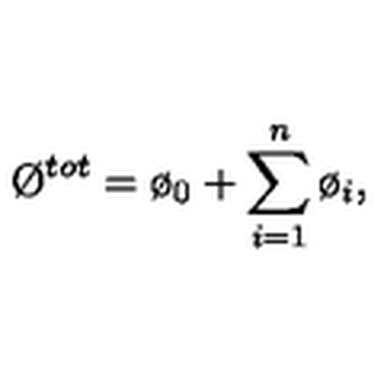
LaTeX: \O ^ { t o t } = \o _ { 0 } + \sum _ { i = 1 } ^ { n } { \o _ { i } } ,